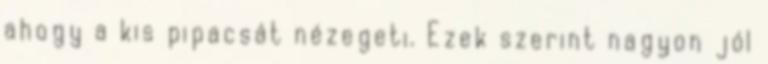
ahogy a kis pipacsát nézegeti. Ezek szerint nagyon jól